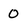
Character: 0